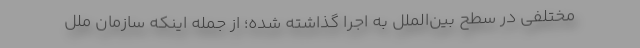
مختلفی در سطح بین‌الملل به اجرا گذاشته شده؛ از جمله اینکه سازمان ملل